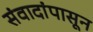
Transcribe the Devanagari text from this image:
संवादांपासून